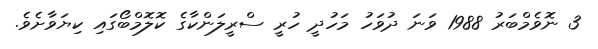
3 ނޮވެމްބަރު 1988 ވަނަ ދުވަހު މަހުދީ ހުރީ ސްރީލަންކާގެ ކޮލޮމްބޯގައި ކިޔަވާށެވެ.